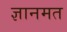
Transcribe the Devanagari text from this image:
ज्ञानमत